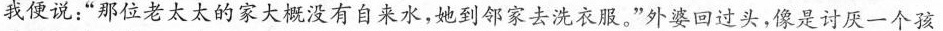
我使说：“那位老太太的家大概没有自来水，她到邻家去洗衣服。”外婆回过头，像是讨厌一个孩